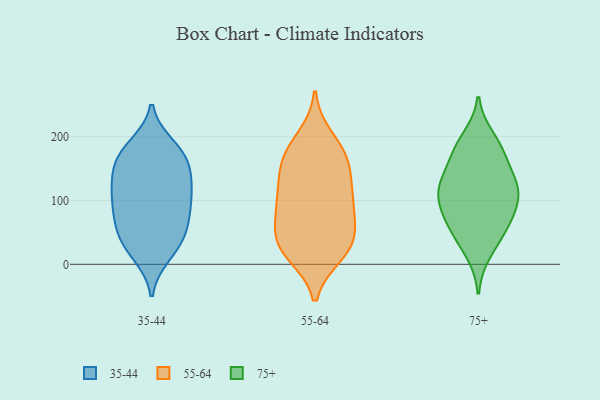
{"axis": {"x": "Humidity (%)", "y": "Value"}, "legend": ["35-44", "55-64", "75+"], "data": [{"x": "", "y": 32, "type": "35-44"}, {"x": "", "y": 177, "type": "35-44"}, {"x": "", "y": 66, "type": "35-44"}, {"x": "", "y": 185, "type": "35-44"}, {"x": "", "y": 131, "type": "35-44"}, {"x": "", "y": 118, "type": "35-44"}, {"x": "", "y": 76, "type": "35-44"}, {"x": "", "y": 24, "type": "35-44"}, {"x": "", "y": 175, "type": "35-44"}, {"x": "", "y": 80, "type": "35-44"}, {"x": "", "y": 106, "type": "35-44"}, {"x": "", "y": 158, "type": "35-44"}, {"x": "", "y": 111, "type": "35-44"}, {"x": "", "y": 44, "type": "35-44"}, {"x": "", "y": 148, "type": "35-44"}, {"x": "", "y": 15, "type": "35-44"}, {"x": "", "y": 164, "type": "35-44"}, {"x": "", "y": 110, "type": "35-44"}, {"x": "", "y": 58, "type": "35-44"}, {"x": "", "y": 32, "type": "55-64"}, {"x": "", "y": 151, "type": "55-64"}, {"x": "", "y": 167, "type": "55-64"}, {"x": "", "y": 17, "type": "55-64"}, {"x": "", "y": 24, "type": "55-64"}, {"x": "", "y": 197, "type": "55-64"}, {"x": "", "y": 68, "type": "55-64"}, {"x": "", "y": 90, "type": "55-64"}, {"x": "", "y": 29, "type": "55-64"}, {"x": "", "y": 164, "type": "55-64"}, {"x": "", "y": 104, "type": "55-64"}, {"x": "", "y": 71, "type": "55-64"}, {"x": "", "y": 115, "type": "55-64"}, {"x": "", "y": 115, "type": "55-64"}, {"x": "", "y": 173, "type": "55-64"}, {"x": "", "y": 35, "type": "55-64"}, {"x": "", "y": 42, "type": "75+"}, {"x": "", "y": 118, "type": "75+"}, {"x": "", "y": 104, "type": "75+"}, {"x": "", "y": 92, "type": "75+"}, {"x": "", "y": 179, "type": "75+"}, {"x": "", "y": 180, "type": "75+"}, {"x": "", "y": 198, "type": "75+"}, {"x": "", "y": 166, "type": "75+"}, {"x": "", "y": 106, "type": "75+"}, {"x": "", "y": 18, "type": "75+"}, {"x": "", "y": 130, "type": "75+"}, {"x": "", "y": 73, "type": "75+"}, {"x": "", "y": 124, "type": "75+"}, {"x": "", "y": 131, "type": "75+"}, {"x": "", "y": 62, "type": "75+"}, {"x": "", "y": 60, "type": "75+"}]}